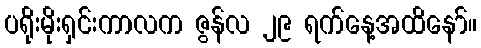
ပရိုးမိုးရှင်းကာလက ဇွန်လ ၂၉ ရက်နေ့အထိနော်။